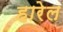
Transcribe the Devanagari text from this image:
हारेल